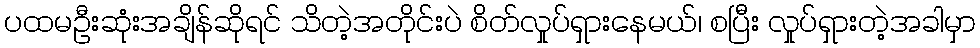
ပထမဦးဆုံးအချိန်ဆိုရင် သိတဲ့အတိုင်းပဲ စိတ်လှုပ်ရှားနေမယ်၊ စပြီး လှုပ်ရှားတဲ့အခါမှာ